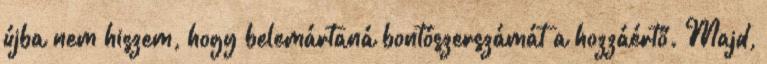
újba nem hiszem, hogy belemártaná bontószerszámát a hozzáértő. Majd,